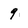
Character: 9